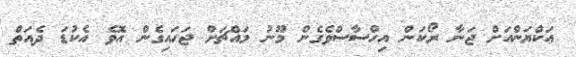
އަކްޔަންއަށް ޖަނާ ރޯކަން އިހްސާސްވެގެން މޫނު މައްޗަށް ޖަހައިގެން އޮވެ އެކުޑަ ދެއަތް